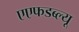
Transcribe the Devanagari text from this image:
एएफडब्ल्‍यू